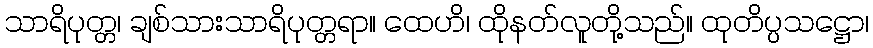
သာရိပုတ္တ၊ ချစ်သားသာရိပုတ္တရာ။ ထေဟိ၊ ထိုနတ်လူတို့သည်။ ထုတိပ္ပသဋ္ဌော၊